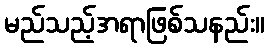
မည်သည့်အရာဖြစ်သနည်း။